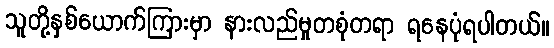
သူတို့နှစ်ယောက်ကြားမှာ နားလည်မှုတစုံတရာ ရနေပုံရပါတယ်။